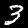
Label: 3